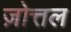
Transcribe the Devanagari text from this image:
ज़ोत्तल